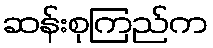
ဆန်းစုကြည်က